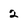
Character: 2